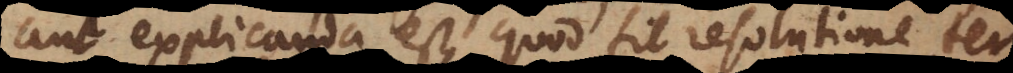
aut explicanda est, quod fit resolutione